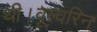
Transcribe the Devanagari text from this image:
थी।वूल्वरिन